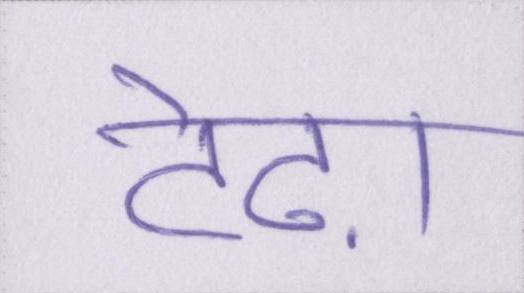
टेढ़ा